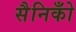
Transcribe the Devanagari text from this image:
सैनिकोँ